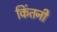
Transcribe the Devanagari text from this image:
किंतनी